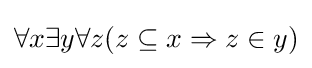
\forall x\exists y\forall z(z\subseteq x\Rightarrow z\in y)